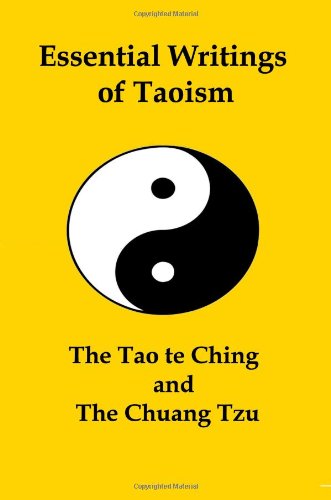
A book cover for Essential Writings of Taoism: The Tao Te Ching and the Chuang Tzu; Religion & Spirituality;